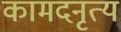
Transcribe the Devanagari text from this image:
कामदनृत्य